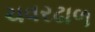
ચવરઢાળ